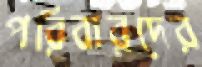
পরিবারদের